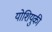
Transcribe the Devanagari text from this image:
योशियुकी